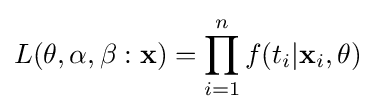
L(\mathbf {\theta } ,\alpha ,\beta :{\mathbf {x} })=\prod _{i=1}^{n}f(t_{i}|\mathbf {x} _{i},\mathbf {\theta } )